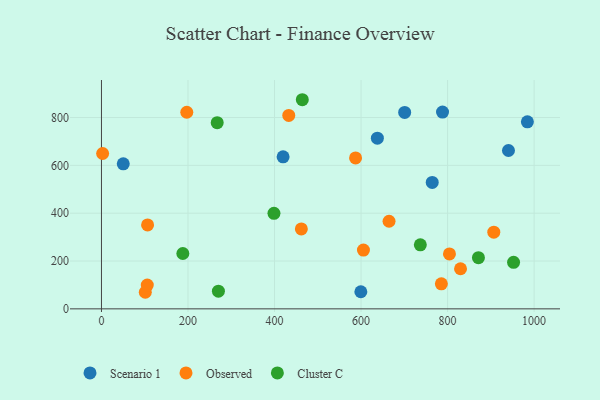
{"axis": {"x": "Price", "y": "Fuel Efficiency"}, "legend": ["Cluster C", "Observed", "Scenario 1"], "data": [{"x": "700.8", "y": 821.3, "type": "Scenario 1"}, {"x": "788.3", "y": 822.6, "type": "Scenario 1"}, {"x": "599.5", "y": 71.5, "type": "Scenario 1"}, {"x": "940.7", "y": 662.0, "type": "Scenario 1"}, {"x": "50.4", "y": 606.5, "type": "Scenario 1"}, {"x": "419.8", "y": 635.5, "type": "Scenario 1"}, {"x": "764.5", "y": 528.8, "type": "Scenario 1"}, {"x": "984.4", "y": 782.2, "type": "Scenario 1"}, {"x": "637.7", "y": 713.8, "type": "Scenario 1"}, {"x": "829.9", "y": 167.6, "type": "Observed"}, {"x": "197.2", "y": 822.1, "type": "Observed"}, {"x": "2.7", "y": 649.5, "type": "Observed"}, {"x": "906.8", "y": 320.4, "type": "Observed"}, {"x": "587.3", "y": 631.2, "type": "Observed"}, {"x": "101.3", "y": 69.3, "type": "Observed"}, {"x": "605.5", "y": 245.7, "type": "Observed"}, {"x": "105.9", "y": 99.3, "type": "Observed"}, {"x": "664.7", "y": 366.2, "type": "Observed"}, {"x": "804.3", "y": 229.6, "type": "Observed"}, {"x": "432.9", "y": 808.8, "type": "Observed"}, {"x": "462.0", "y": 334.3, "type": "Observed"}, {"x": "106.6", "y": 351.1, "type": "Observed"}, {"x": "785.6", "y": 104.8, "type": "Observed"}, {"x": "188.1", "y": 231.4, "type": "Cluster C"}, {"x": "871.3", "y": 213.8, "type": "Cluster C"}, {"x": "464.2", "y": 874.4, "type": "Cluster C"}, {"x": "952.5", "y": 194.5, "type": "Cluster C"}, {"x": "270.3", "y": 73.8, "type": "Cluster C"}, {"x": "267.5", "y": 778.6, "type": "Cluster C"}, {"x": "398.7", "y": 399.4, "type": "Cluster C"}, {"x": "737.0", "y": 267.5, "type": "Cluster C"}]}